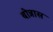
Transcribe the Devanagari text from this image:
बोन्नास